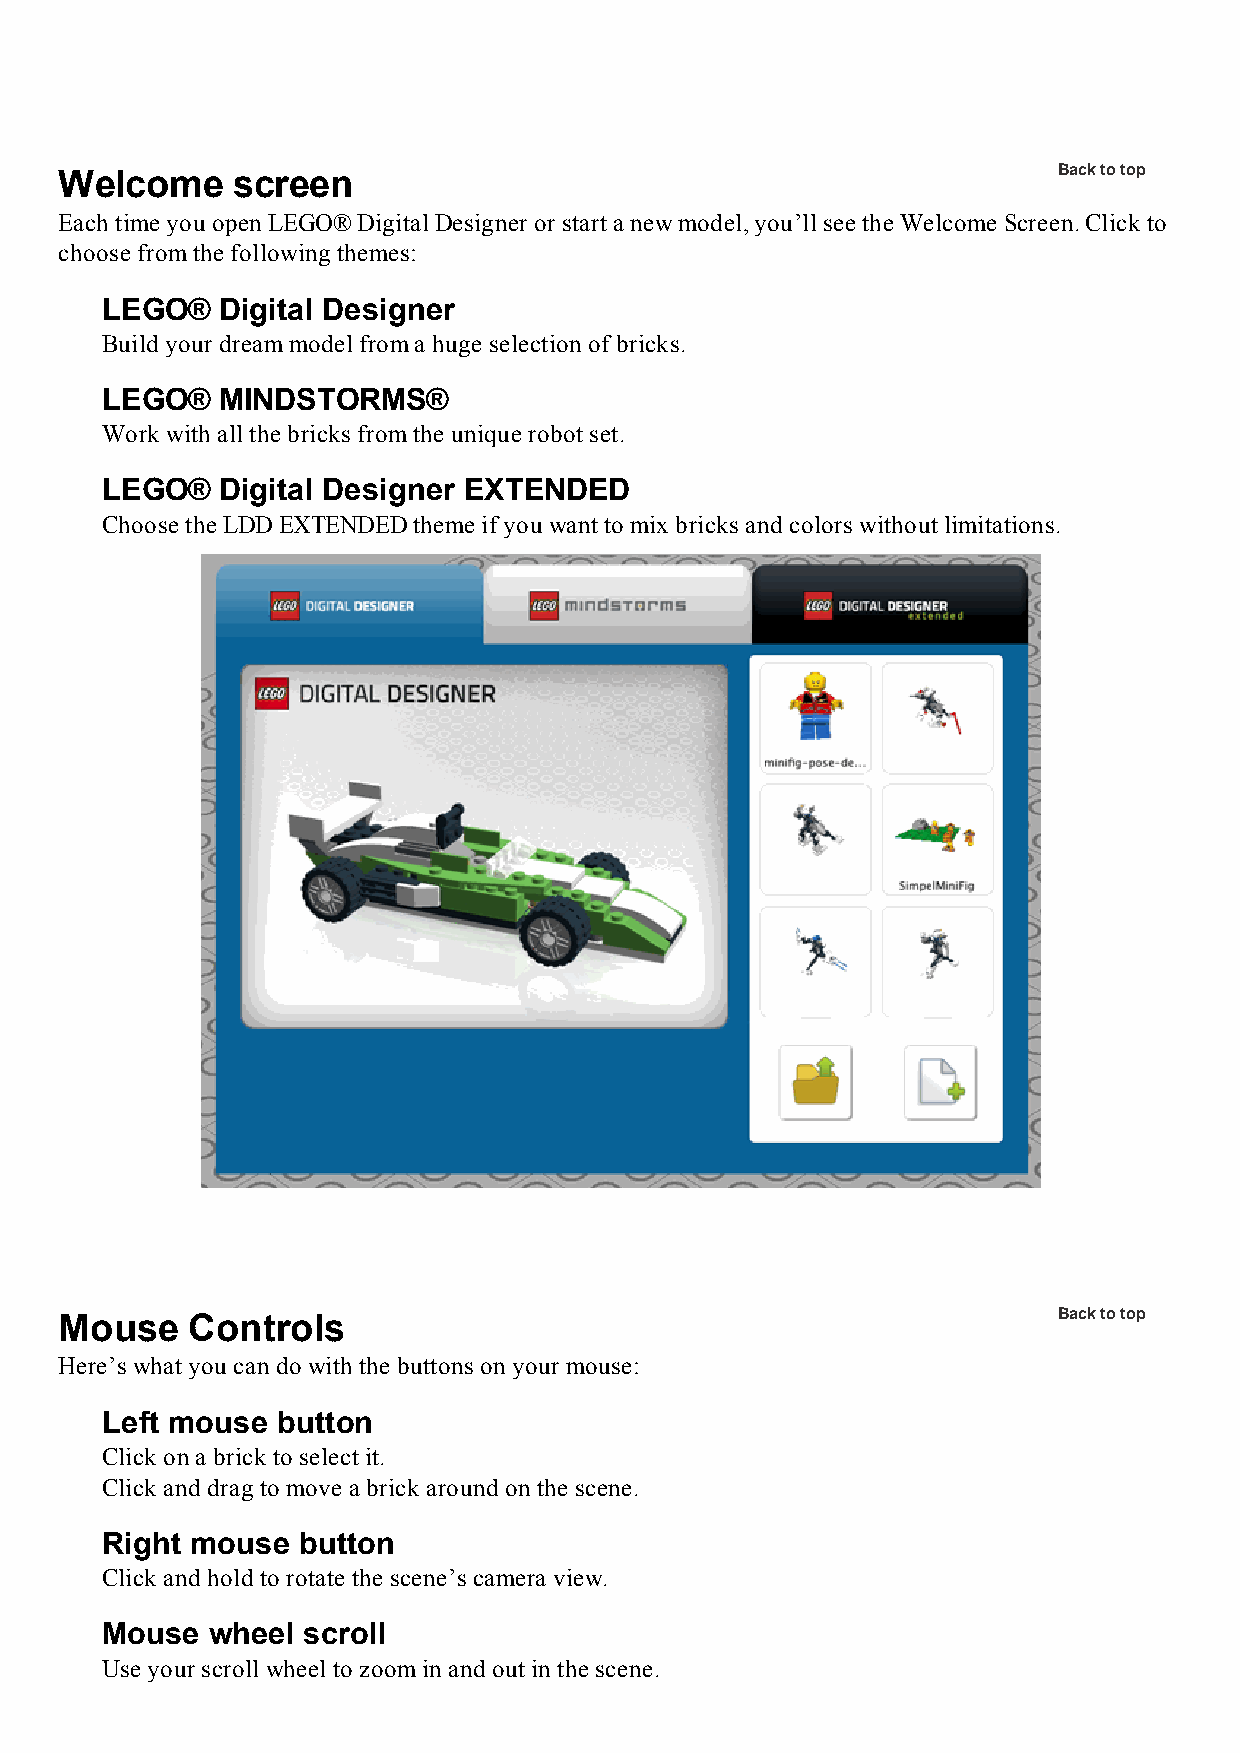
Welcome    screen                                                 Back to top
 Each time you open LEGO® Digital Designer or start a new model, you’ll see the Welcome Screen. Click to
 choose from the following themes:
 LEGO®  Digital Designer
 Build your dream model from a huge selection of bricks.
 LEGO®  MINDSTORMS®
 Work with all the bricks from the unique robot set.
 LEGO®  Digital Designer EXTENDED
 Choose the LDD EXTENDED theme if you want to mix bricks and colors without limitations.
 Mouse   Controls                                                  Back to top
 Here’s what you can do with the buttons on your mouse:
 Left mouse button
 Click on a brick to select it.
 Click and drag to move a brick around on the scene.
 Right mouse  button
 Click and hold to rotate the scene’s camera view.
 Mouse  wheel scroll
 Use your scroll wheel to zoom in and out in the scene.